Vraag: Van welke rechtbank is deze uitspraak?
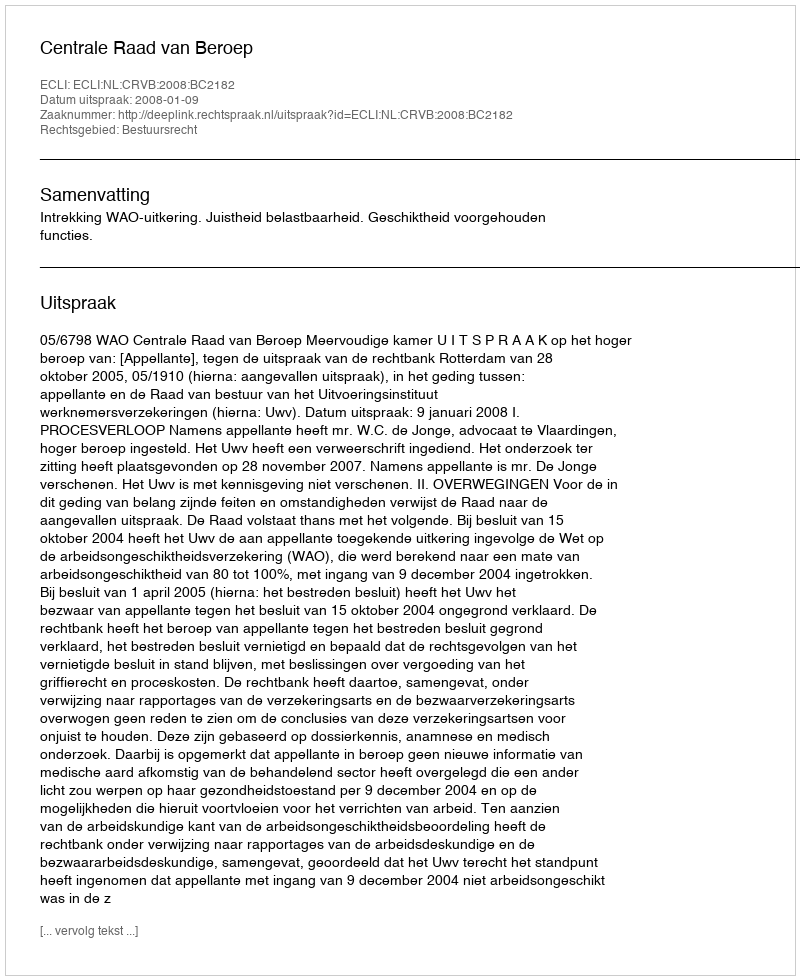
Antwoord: Centrale Raad van Beroep